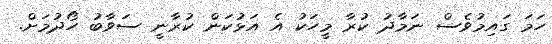
ހަމަ ގައިމުވެސް ނަމާދު ކުރާ މީހަކު އެ އަޅުކަން ކުރާނީ ސަވާބު ހޯދުމަށް.